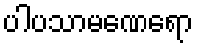
ပါပသာမဏေရော